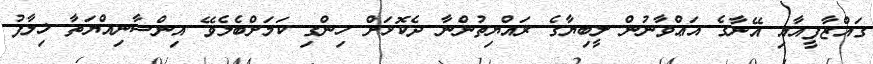
ގައްޒާފީއާއި އޭނާގެ އަޢްވާނުން ލީބިޔާގެ ރައްޔިތުންނާ ދެކޮޅަށް ހިންގި ކަމަށްބެލެވޭ އިންސާނިއްޔަތާ ޚިލާފު